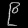
Digit: ၉